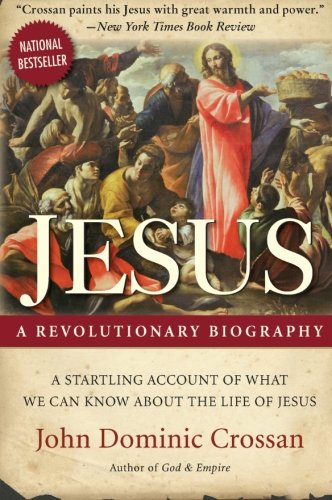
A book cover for Jesus: A Revolutionary Biography; John Dominic Crossan; Christian Books & Bibles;